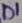
Text: D1